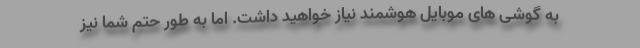
به گوشی های موبایل هوشمند نیاز خواهید داشت. اما به طور حتم شما نیز